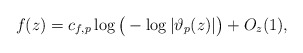
\begin{align*}f(z)=c_{f,p}\log\big(-\log|\vartheta_{p}(z)|\big) + O_{z}(1),\end{align*}